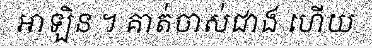
អាឡិន ។ គាត់ចាស់ជាង ហើយ